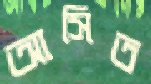
আসিত